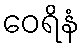
ဝေရိနံ